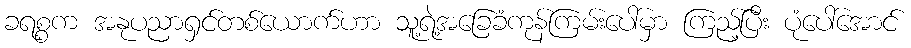
ခရစ္စက အနုပညာရှင်တစ်ယောက်ဟာ သူ့ရဲ့အခြေခံကုန်ကြမ်းပေါ်မှာ ကြည့်ပြီး ပုံပေါ်အောင်